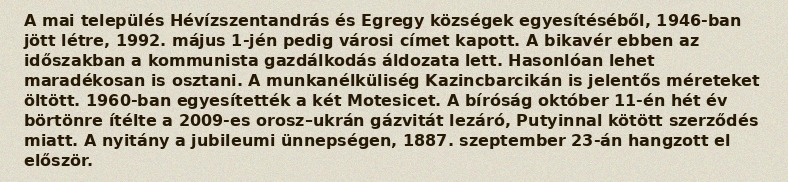
A mai település Hévízszentandrás és Egregy községek egyesítéséből, 1946-ban jött létre, 1992. május 1-jén pedig városi címet kapott. A bikavér ebben az időszakban a kommunista gazdálkodás áldozata lett. Hasonlóan lehet maradékosan is osztani. A munkanélküliség Kazincbarcikán is jelentős méreteket öltött. 1960-ban egyesítették a két Motesicet. A bíróság október 11-én hét év börtönre ítélte a 2009-es orosz–ukrán gázvitát lezáró, Putyinnal kötött szerződés miatt. A nyitány a jubileumi ünnepségen, 1887. szeptember 23-án hangzott el először.